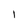
Character: 1